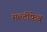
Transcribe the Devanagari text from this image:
मल्टीफ़ेब